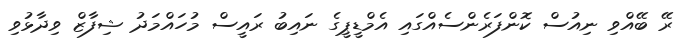
ރޭ ބޭއްވި ނިއުސް ކޮންފަރެންސެއްގައި އެމްޑީޕީގެ ނައިބު ރައީސް މުހައްމަދު ޝިފާޒް ވިދާޅުވި